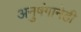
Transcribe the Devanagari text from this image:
अनुषंगानेही